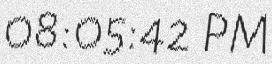
08:05:42 PM